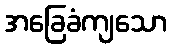
အခြေခံကျသော